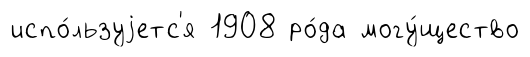
испо́льзуjетс'я 1908 ро́да могу́щество